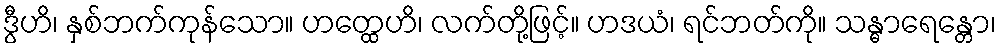
ဒွီဟိ၊ နှစ်ဘက်ကုန်သော။ ဟတ္ထေဟိ၊ လက်တို့ဖြင့်။ ဟဒယံ၊ ရင်ဘတ်ကို။ သန္ဓာရေန္တော၊